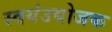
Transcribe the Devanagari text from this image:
स्वयंउद्योजक